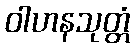
ဝါဟနသုတ္တံ